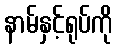
နာမ်နှင့်ရုပ်ကို